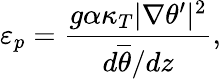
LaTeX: \varepsilon_{p}=\frac{g\alpha\kappa_{T}|\nabla\theta^{\prime}|^{2}}{d\overline{{\theta}}/dz},